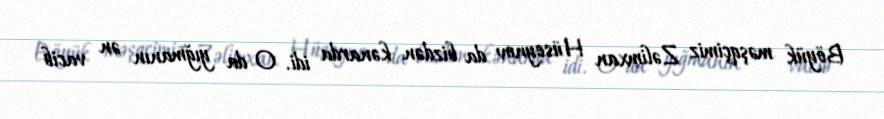
Böyük məşqçimiz Zəlimxan Hüseynov da bizdən kənarda idi. O da yığmanın ən vacib